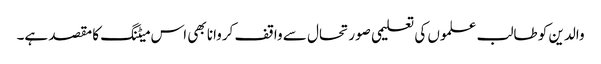
والدین کو طالب علموں کی تعلیمی صورتحال سے واقف کروانا بھی اس میٹنگ کا مقصد ہے۔